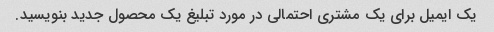
یک ایمیل برای یک مشتری احتمالی در مورد تبلیغ یک محصول جدید بنویسید.